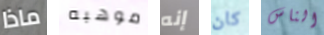
ماذا موهبه إنه كان الناس